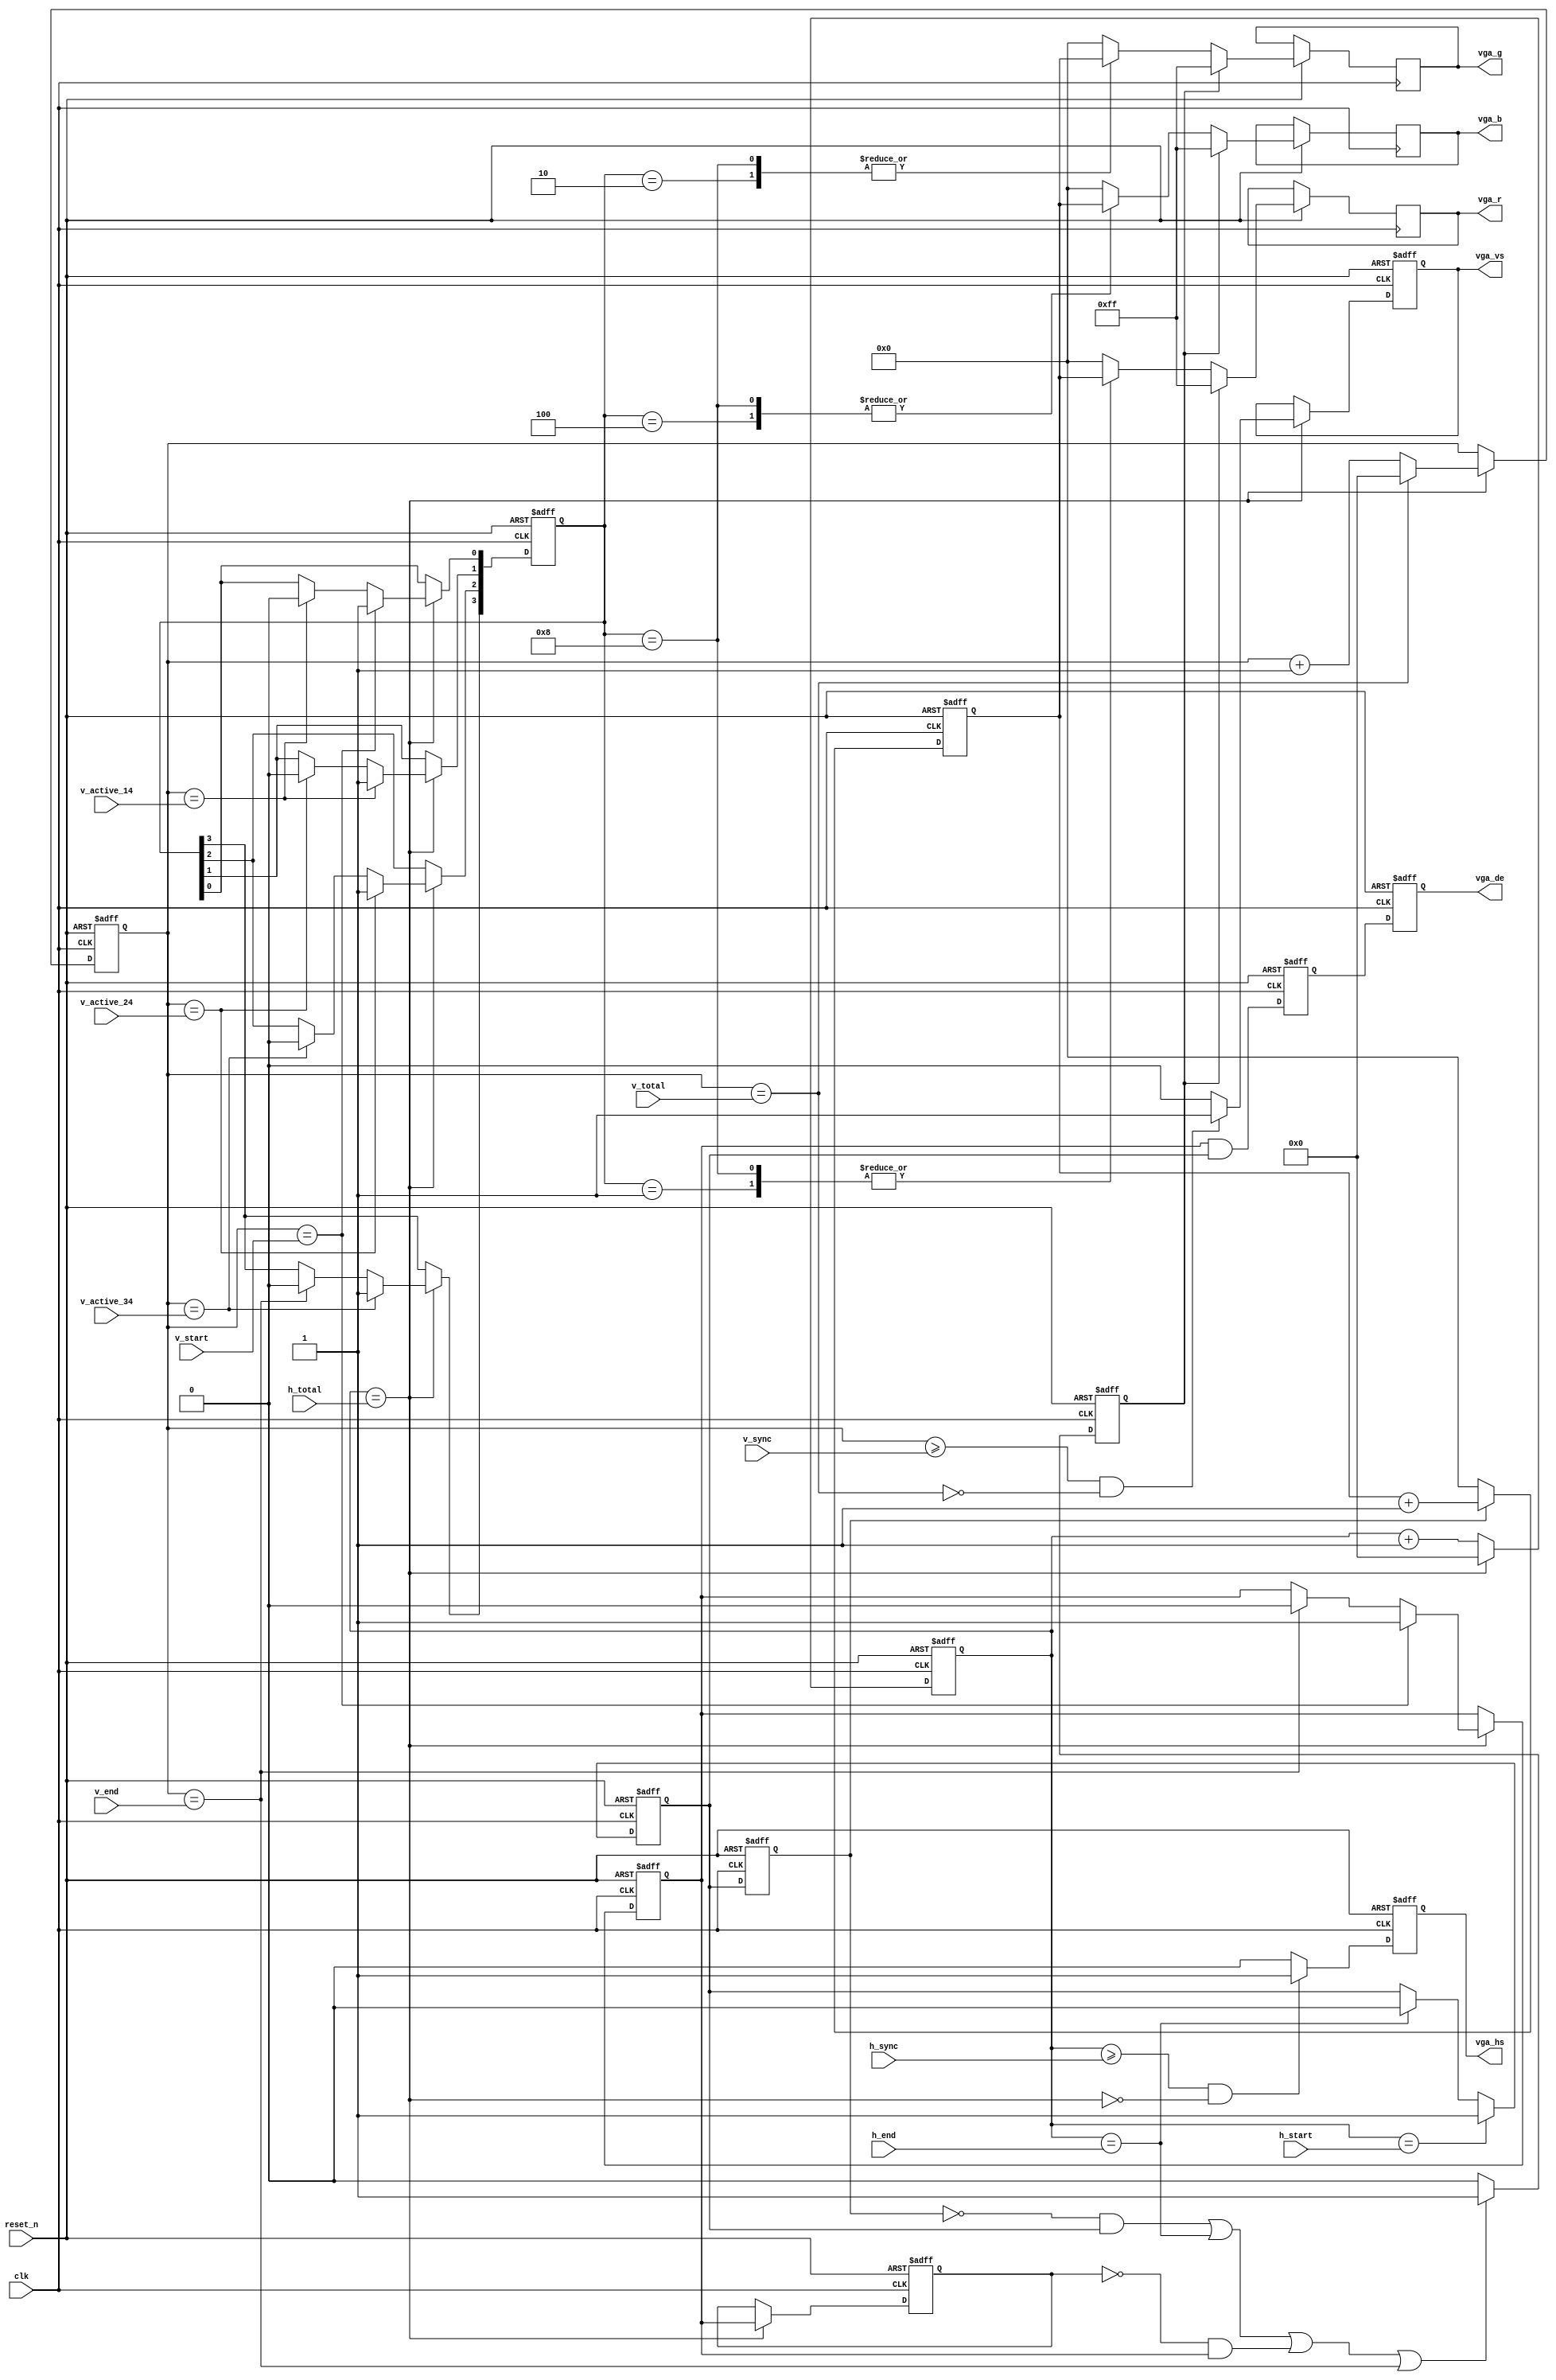
// --------------------------------------------------------------------
// Copyright (c) 2007 by Terasic Technologies Inc.
// --------------------------------------------------------------------
//
// Permission:
//
//   Terasic grants permission to use and modify this code for use
//   in synthesis for all Terasic Development Boards and Altera Development
//   Kits made by Terasic.  Other use of this code, including the selling
//   ,duplication, or modification of any portion is strictly prohibited.
//
// Disclaimer:
//
//   This VHDL/Verilog or C/C++ source code is intended as a design reference
//   which illustrates how these types of functions can be implemented.
//   It is the user's responsibility to verify their design for
//   consistency and functionality through the use of formal
//   verification methods.  Terasic provides no warranty regarding the use
//   or functionality of this code.
//
// --------------------------------------------------------------------
//
//                     Terasic Technologies Inc
//                     356 Fu-Shin E. Rd Sec. 1. JhuBei City,
//                     HsinChu County, Taiwan
//                     302
//
//                     web: http://www.terasic.com/
//
// --------------------------------------------------------------------

module vga_generator(
    input              clk,
    input              reset_n,
    input       [11:0] h_total,
    input       [11:0] h_sync,
    input       [11:0] h_start,
    input       [11:0] h_end,
    input       [11:0] v_total,
    input       [11:0] v_sync,
    input       [11:0] v_start,
    input       [11:0] v_end,
    input       [11:0] v_active_14,
    input       [11:0] v_active_24,
    input       [11:0] v_active_34,
    output  reg		     vga_hs,
    output  reg        vga_vs,
    output  reg 	     vga_de,
    output  reg [7:0]  vga_r,
    output  reg [7:0]  vga_g,
    output  reg [7:0]  vga_b
  );

  //=======================================================
  //  Signal declarations
  //=======================================================
  reg			  [11:0]	h_count;
  reg			   [7:0]	pixel_x;
  reg			  [11:0]	v_count;
  reg               h_act;
  reg               h_act_d;
  reg               v_act;
  reg               v_act_d;
  reg               pre_vga_de;
  wire              h_max, hs_end, hr_start, hr_end;
  wire              v_max, vs_end, vr_start, vr_end;
  wire              v_act_14, v_act_24, v_act_34;
  reg               boarder;
  reg        [3:0]  color_mode;

  //=======================================================
  //  Structural coding
  //=======================================================
  assign h_max = h_count == h_total;
  assign hs_end = h_count >= h_sync;
  assign hr_start = h_count == h_start;
  assign hr_end = h_count == h_end;
  assign v_max = v_count == v_total;
  assign vs_end = v_count >= v_sync;
  assign vr_start = v_count == v_start;
  assign vr_end = v_count == v_end;
  assign v_act_14 = v_count == v_active_14;
  assign v_act_24 = v_count == v_active_24;
  assign v_act_34 = v_count == v_active_34;

  //horizontal control signals
  always @ (posedge clk or negedge reset_n)
    if (!reset_n)
    begin
      h_act_d   <=  1'b0;
      h_count		<=	12'b0;
      pixel_x   <=  8'b0;
      vga_hs		<=	1'b1;
      h_act	    <=	1'b0;
    end
    else
    begin
      h_act_d   <=  h_act;

      if (h_max)
        h_count	<= 12'b0;
      else
        h_count	<= h_count + 12'b1;

      if (h_act_d)
        pixel_x	<=	pixel_x + 8'b1;
      else
        pixel_x	<=  8'b0;

      if (hs_end && !h_max)
        vga_hs	<=	1'b1;
      else
        vga_hs	<= 1'b0;

      if (hr_start)
        h_act	  <=	1'b1;
      else if (hr_end)
        h_act	  <=	1'b0;
    end

  //vertical control signals
  always@(posedge clk or negedge reset_n)
    if(!reset_n)
    begin
      v_act_d	  <=	1'b0;
      v_count		<=	12'b0;
      vga_vs		<=	1'b1;
      v_act	    <=	1'b0;
      color_mode<=  4'b0;
    end
    else
    begin
      if (h_max)
      begin
        v_act_d	  <=	v_act;

        if (v_max)
          v_count	<=	12'b0;
        else
          v_count	<=	v_count + 12'b1;

        if (vs_end && !v_max)
          vga_vs	<=	1'b1;
        else
          vga_vs	<=	1'b0;

        if (vr_start)
          v_act <=	1'b1;
        else if (vr_end)
          v_act <=	1'b0;

        if (vr_start)
          color_mode[0] <=	1'b1;
        else if (v_act_14)
          color_mode[0] <=	1'b0;

        if (v_act_14)
          color_mode[1] <=	1'b1;
        else if (v_act_24)
          color_mode[1] <=	1'b0;

        if (v_act_24)
          color_mode[2] <=	1'b1;
        else if (v_act_34)
          color_mode[2] <=	1'b0;

        if (v_act_34)
          color_mode[3] <=	1'b1;
        else if (vr_end)
          color_mode[3] <=	1'b0;
      end
    end

  //pattern generator and display enable
  always @(posedge clk or negedge reset_n)
  begin
    if (!reset_n)
    begin
      vga_de <= 1'b0;
      pre_vga_de <= 1'b0;
      boarder <= 1'b0;
    end
    else
    begin
      vga_de <= pre_vga_de;
      pre_vga_de <= v_act && h_act;

      if ((!h_act_d&&h_act) || hr_end || (!v_act_d&&v_act) || vr_end)
        boarder <= 1'b1;
      else
        boarder <= 1'b0;

      if (boarder)
        {vga_r, vga_g, vga_b} <= {8'hFF,8'hFF,8'hFF};
      else
      case (color_mode)
        4'b0001 :
          {vga_r, vga_g, vga_b} <= {pixel_x,8'h00,8'h00};
        4'b0010 :
          {vga_r, vga_g, vga_b} <= {8'h00,pixel_x,8'h00};
        4'b0100 :
          {vga_r, vga_g, vga_b} <= {8'h00,8'h00,pixel_x};
        4'b1000 :
          {vga_r, vga_g, vga_b} <= {pixel_x,pixel_x,pixel_x};
        default  :
          {vga_r, vga_g, vga_b} <= {8'h00,8'h00,8'h00};
      endcase
    end
  end

endmodule